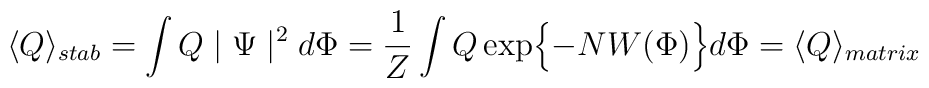
\langle Q \rangle_{stab} = \int Q \mid\Psi\mid^2 d\Phi =\frac{1}{Z} \int Q \exp\Bigl\{- N W (\Phi)\Bigr\} d\Phi =\langle Q \rangle_{matrix}